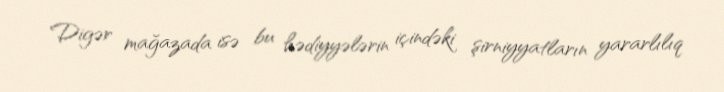
Digər mağazada isə bu hədiyyələrin içindəki şirniyyatların yararlılıq